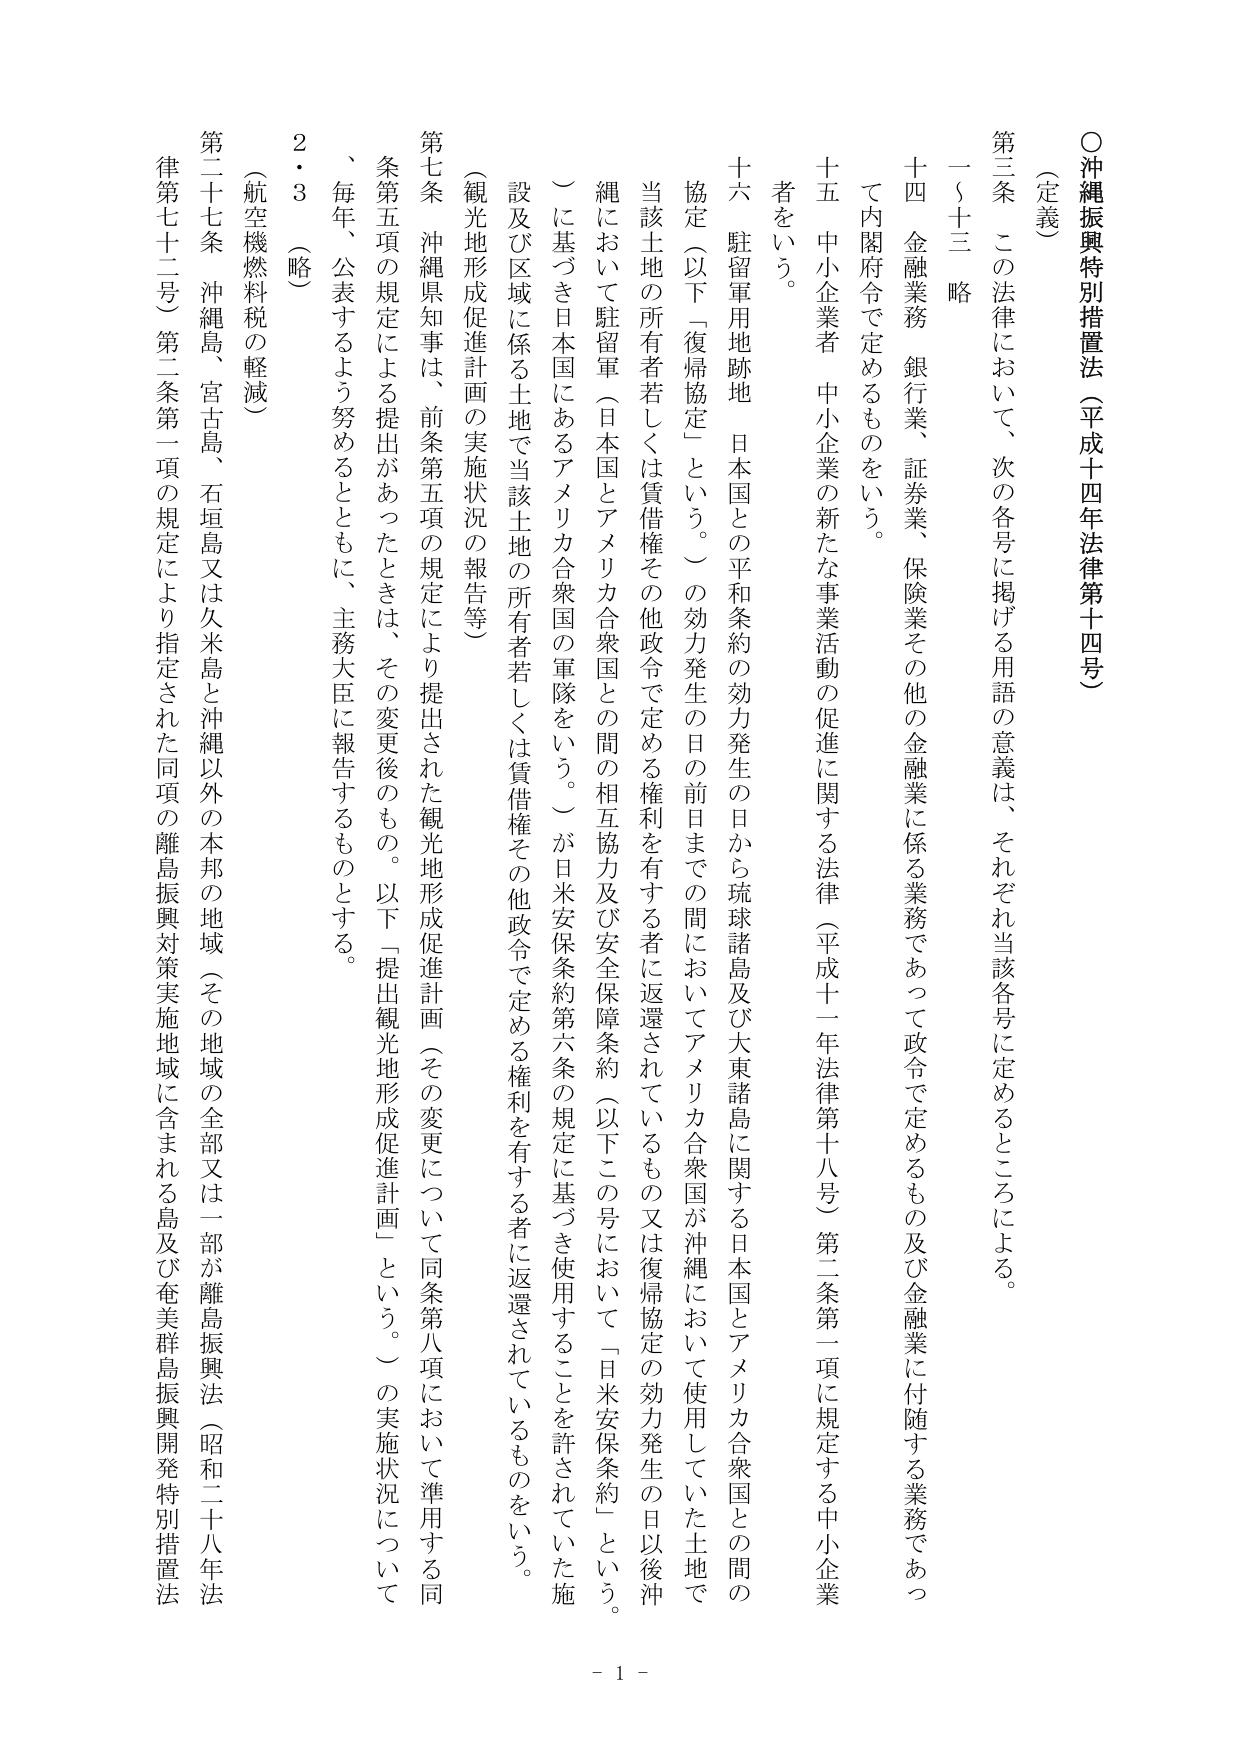
○沖縄振興特別措置法（平成十四年法律第十四号）

（定義）

第三条　この法律において、次の各号に掲げる用語の意義は、それぞれ当該各号に定めるところによる。

一～十三　略

十四　金融業務　銀行業、証券業、保険業その他の金融業に係る業務であって政令で定めるもの及び金融業に付随する業務であって内閣府令で定めるものをいう。

十五　中小企業者　中小企業の新たな事業活動の促進に関する法律（平成十一年法律第十八号）第二条第一項に規定する中小企業者をいう。

十六　駐留軍用地跡地　日本国との平和条約の効力発生の日から琉球諸島及び大東諸島に関する日本国とアメリカ合衆国との間の協定（以下「復帰協定」という。）の効力発生の日の前日までの間においてアメリカ合衆国が沖縄において使用していた土地で、当該土地の所有者若しくは賃借権その他政令で定める権利を有する者に返還されているもの又は復帰協定の効力発生の日以後沖縄において駐留軍（日本国とアメリカ合衆国との間の相互協力及び安全保障条約（以下この号において「日米安保条約」という。）に基づき日本国にあるアメリカ合衆国の軍隊をいう。）が日米安保条約第六条の規定に基づき使用することを許されていた施設及び区域に係る土地で当該土地の所有者若しくは賃借権その他政令で定める権利を有する者に返還されているものをいう。

（観光地形成促進計画の実施状況の報告等）

第七条　沖縄県知事は、前条第五項の規定により提出された観光地形成促進計画（その変更について同条第八項において準用する同条第五項の規定による提出があったときは、その変更後のもの。以下「提出観光地形成促進計画」という。）の実施状況について、毎年、公表するよう努めるとともに、主務大臣に報告するものとする。

２・３　（略）

（航空機燃料税の軽減）

第二十七条　沖縄島、宮古島、石垣島又は久米島と沖縄以外の本邦の地域（その地域の全部又は一部が離島振興法（昭和二十八年法律第七十二号）第二条第一項の規定により指定された同項の離島振興対策実施地域に含まれる島及び奄美群島振興開発特別措置法

- 1 -